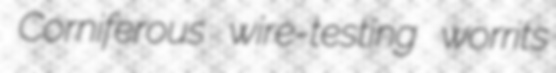
Corniferous wire-testing worrits